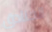
الخنادق